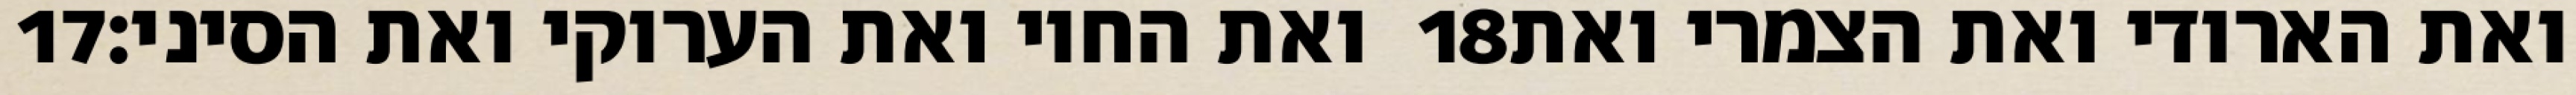
‎17‏ ואת החוי ואת הערוקי ואת הסיני׃ ‎18‏ ואת הארודי ואת הצמרי ואת